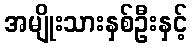
အမျိုးသားနှစ်ဦးနှင့်